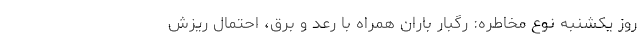
روز یکشنبه نوع مخاطره: رگبار باران همراه با رعد و برق، احتمال ریزش